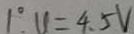
1 ^ { \circ } . u = 4 . 5 V